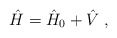
\begin{align*}\hat H=\hat H_0+\hat V\;, \end{align*}